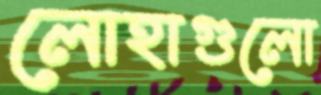
লোহাগুলো